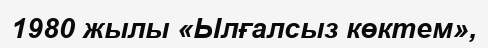
1980 жылы «Ылғалсыз көктем»,